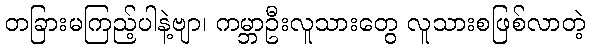
တခြားမကြည့်ပါနဲ့ဗျာ၊ ကမ္ဘာဦးလူသားတွေ လူသားစဖြစ်လာတဲ့